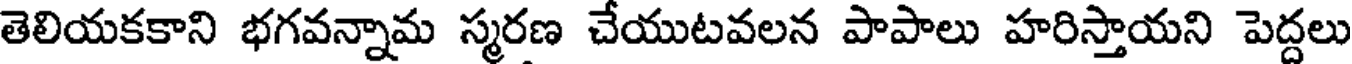
తెలియకకాని భగవన్నామ స్మరణ చేయుటవలన పాపాలు హరిస్తాయని పెద్దలు